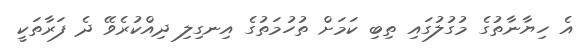
އެ ހިޔާނާތުގެ މުގުލުގައި ތިބި ކަމަށް ތުހުމަތުގެ އިނގިލި ދިއްކުރެވޭ ދެ ފަރާތަކީ